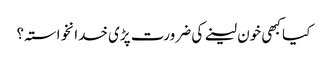
کیا کبھی خون لینے کی ضرورت پڑی خدانخواستہ؟